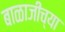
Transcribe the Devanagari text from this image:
बाळाजीच्या